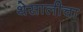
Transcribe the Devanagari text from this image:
थेसालीचा